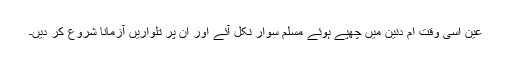
عین اسی وقت ام دنین میں چھپے ہوئے مسلم سوار نکل آئے اور ان پر تلواریں آزمانا شروع کر دیں۔